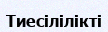
Тиесілілікті